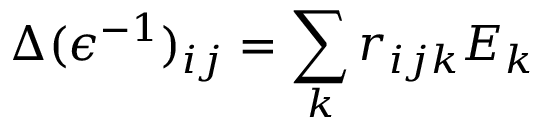
\Delta ( \epsilon ^ { - 1 } ) _ { i j } = \sum _ { k } r _ { i j k } E _ { k }